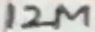
Text: 12M